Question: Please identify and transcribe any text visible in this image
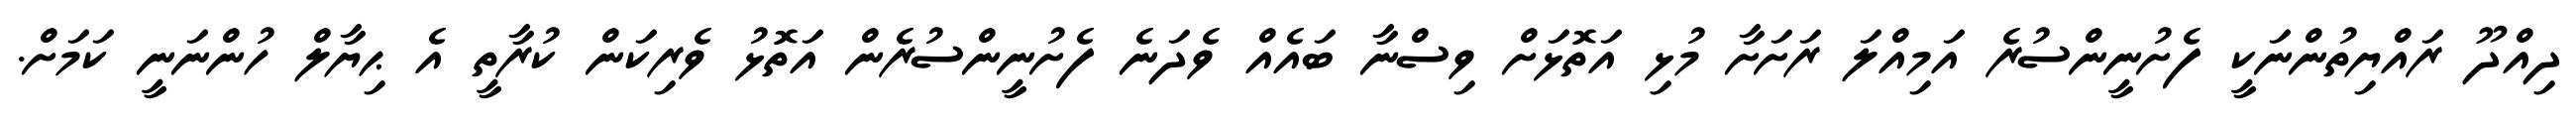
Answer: ދިއްދޫ ރައްޔިތުންނަކީ ފެށުނީންސުރެ އަމިއްލަ ރަށަށާ މުޅި އަތޮޅަށް ވިސްނާ ބައެއް ވެދަނެ ފެށުނީންސުރެން އަތޮޅު ވެރިކަން ކުރާތީ އެ ޙިޔާލް ހުންނަނީ ކަމަށް.